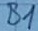
Text: B1